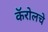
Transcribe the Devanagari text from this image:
कॅरोलचे